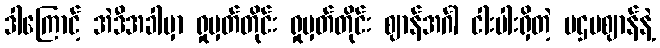
ဒါကြောင့် အဲဒီအခါမှာ ရှုမှတ်တိုင်း ရှုမှတ်တိုင်း ဈာန်အင်္ဂါ ငါးပါးရှိတဲ့ ပဌမဈာန်နဲ့